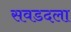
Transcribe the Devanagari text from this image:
सवडदला